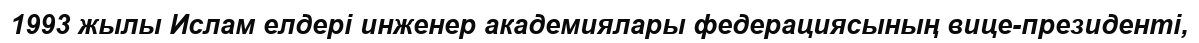
1993 жылы Ислам елдері инженер академиялары федерациясының вице-президенті,